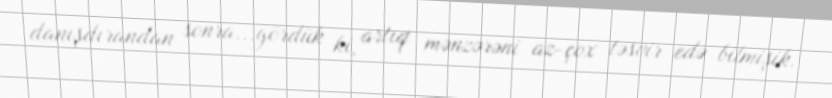
danışdırandan sonra...gördük ki, artıq mənzərəni az-çox təsvir edə bilmişik.